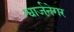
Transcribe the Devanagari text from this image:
श्वार्जने़गर